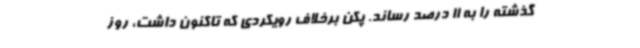
گذشته را به 11 درصد رساند. پکن برخلاف رویکردی که تاکنون داشت، روز